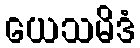
ယေသမိဒံ